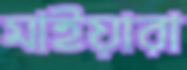
মাইয়ারা